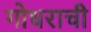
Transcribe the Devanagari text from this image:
गोधराची